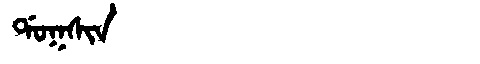
Manchu: ᡩᠣᡴᠰᡳᠨ
Romanization: DOKSIN